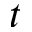
t